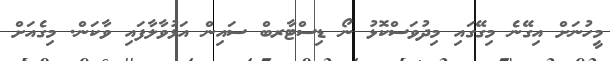
މީހުނަށް އިގޭނެ މިގޭގައި މިދުވަސްކޮޅު ނޯ ޑިސްޓާރބް ސައިން އަޅުވާލާފައި ވާކަން. މިގެއަށް